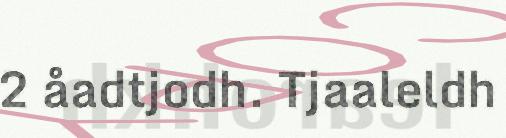
2 åadtjodh. Tjaaleldh